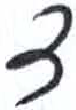
אות: ד